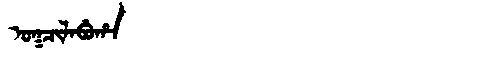
Manchu: ᠣᡴᠴᡳᠯᠠᠪᡠᡥᠠ
Romanization: OKCILABUHA